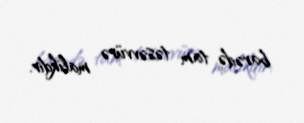
barədə tam təsəvvürə malikdir.